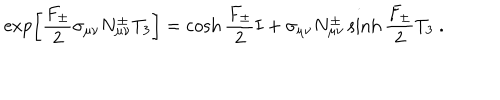
LaTeX: \exp \left[ { \frac { F _ { \pm } } { 2 } } \sigma _ { \mu \nu } N _ { \mu \nu } ^ { \pm } T _ { 3 } \right] = \cosh { \frac { F _ { \pm } } { 2 } } { \bf I } + \sigma _ { \mu \nu } N _ { \mu \nu } ^ { \pm } \sinh { \frac { F _ { \pm } } { 2 } } T _ { 3 } \ .